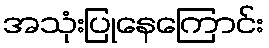
အသုံးပြုနေကြောင်း